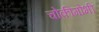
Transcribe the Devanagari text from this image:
चोकीगोभी